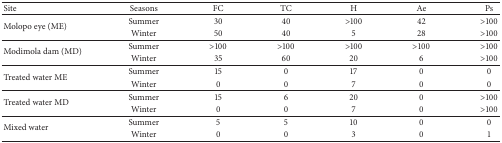
| Site | Seasons | FC | TC | H | Ae | Ps |
 | --- | --- | --- | --- | --- | --- | --- |
 | <ROWSPAN=2> Molopo eye (ME) | Summer | 30 | 40 | >100 | 42 | >100 |
 | Winter | 50 | 40 | 5 | 28 | >100 |
 | <ROWSPAN=2> Modimola dam (MD) | Summer | >100 | >100 | >100 | >100 | >100 |
 | Winter | 35 | 60 | 20 | 6 | >100 |
 | <ROWSPAN=2> Treated water ME | Summer | 15 | 0 | 17 | 0 | 0 |
 | Winter | 0 | 0 | 7 | 0 | 0 |
 | <ROWSPAN=2> Treated water MD | Summer | 15 | 6 | 20 | 0 | >100 |
 | Winter | 0 | 0 | 7 | 0 | >100 |
 | <ROWSPAN=2> Mixed water | Summer | 5 | 5 | 10 | 0 | 0 |
 | Winter | 0 | 0 | 3 | 0 | 1 |